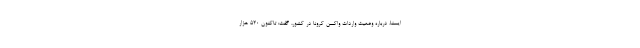
ایسنا، درباره وضعیت واردات واکسن کرونا در کشور، گفت: تاکنون ۵۲۰ هزار